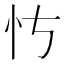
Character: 𪫝